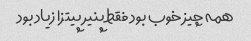
همه چیز خوب بود فقط پنیر پیتزا زیاد بود